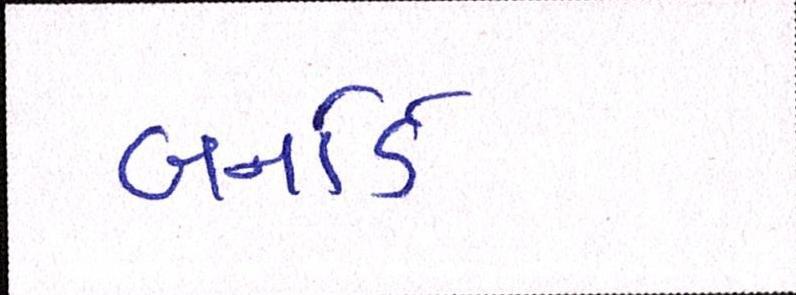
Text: બર્નાર્ડ